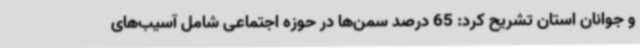
و جوانان استان تشریح کرد: 65 درصد سمن‌ها در حوزه اجتماعی شامل آسیب‌های